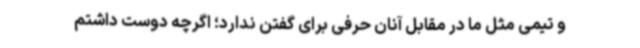
و تیمی مثل ما در مقابل آنان حرفی برای گفتن ندارد؛ اگرچه دوست داشتم